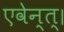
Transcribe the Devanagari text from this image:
एवेन्त्।